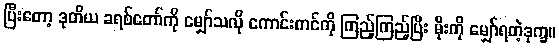
ပြီးတော့ ဒုတိယ ခရစ်တော်ကို မျှော်သလို ကောင်းကင်ကို ကြည့်ကြည့်ပြီး မိုးကို မျှော်ရတဲ့ဒုက္ခ။